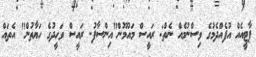
ޕާޓީއެއް އުފެއްދެމުގެ ވިސްނުމެއް ނެތް: ރައީސް މައުމޫން"އިންސާފު- ރައީސް ވަހީދުގެ ހަޔާތުން" އެތަައް